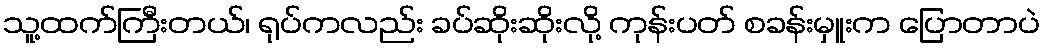
သူ့ထက်ကြီးတယ်၊ ရုပ်ကလည်း ခပ်ဆိုးဆိုးလို့ ကုန်းပတ် စခန်းမှူးက ပြောတာပဲ